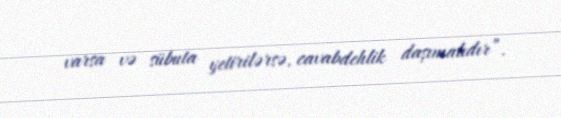
varsa və sübuta yetirilərsə, cavabdehlik daşımalıdır”.